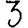
Digit: 3